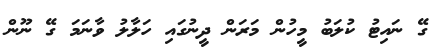
ގޭ ނައިޓު ކުލަބު މީހުން މަރަން ދީނުގައި ހަލާލު ވާނަމަ ގޭ ނޫން